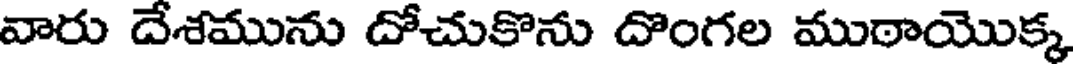
వారు దేశమును దోచుకొను దొంగల ముఠాయొక్క